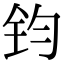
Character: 钧